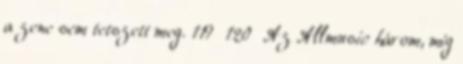
a zene sem tetszett meg. 119 120 Az Allmusic három, míg